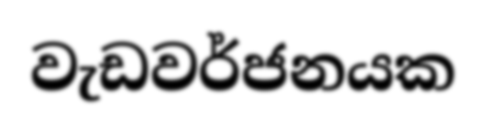
වැඩවර්ජනයක